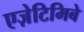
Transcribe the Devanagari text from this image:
एज़ेटिमिबे